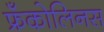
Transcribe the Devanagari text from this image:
फ्रँकोलिनस